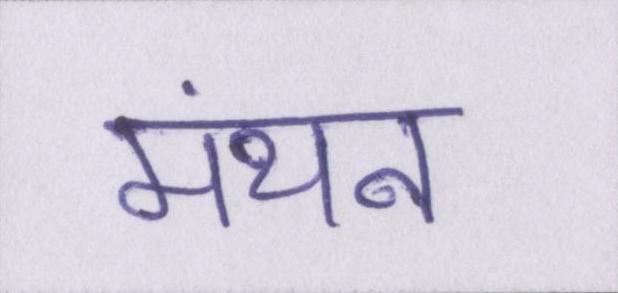
मंथन